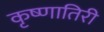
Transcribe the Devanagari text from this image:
कृष्णातिरी